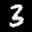
Label: 3